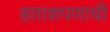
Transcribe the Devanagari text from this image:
हताशपणाची